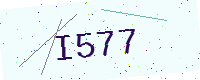
Text: I577